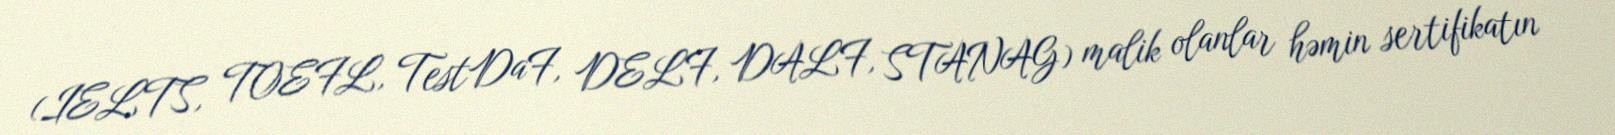
(IELTS, TOEFL, TestDaF, DELF, DALF, STANAG) malik olanlar həmin sertifikatın